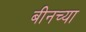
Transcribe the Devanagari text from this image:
बीनच्या